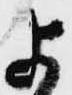
よ